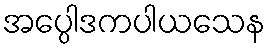
အပ္ပေါဒကပါယသေန